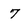
Character: 7